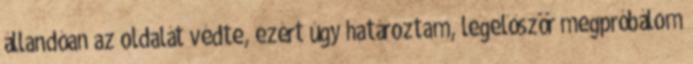
állandóan az oldalát védte, ezért úgy határoztam, legelőször megpróbálom